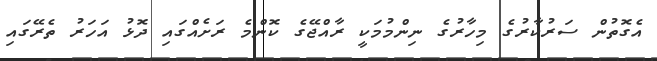
އެގޮތުން ސަރުކާރުގެ މިހާރުގެ ނިންމުމަކީ ރާއްޖޭގެ ކޮންމެ ރަށެއްގައި ދޮޅު އަހަރު ތެރޭގައި